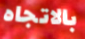
بالاتجاه